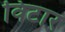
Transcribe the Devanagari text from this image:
विटार